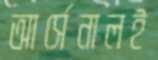
আর্সেনালই